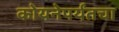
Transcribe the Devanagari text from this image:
कोयनेपर्यंतचा